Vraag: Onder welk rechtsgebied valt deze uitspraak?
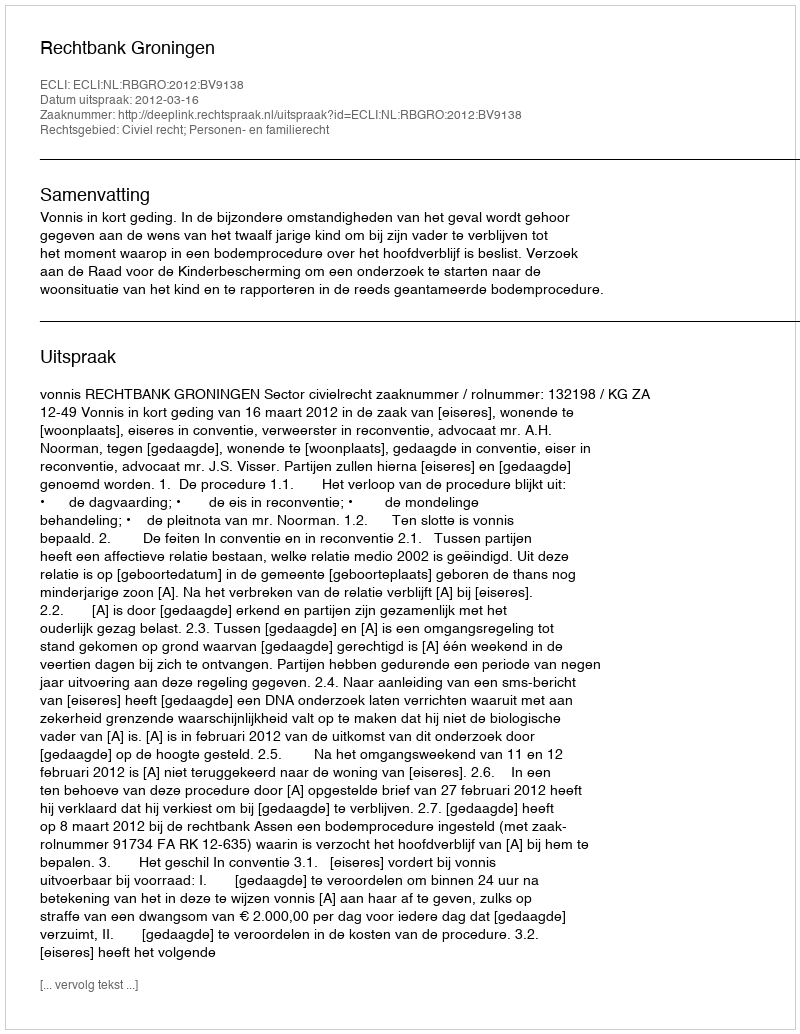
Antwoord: Civiel recht; Personen- en familierecht